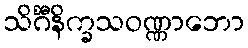
သိင်္ဂီနိက္ခသဝဏ္ဏာဘော